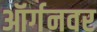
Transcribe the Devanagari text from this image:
ऑर्गनवर